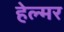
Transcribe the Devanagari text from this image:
हेल्मर